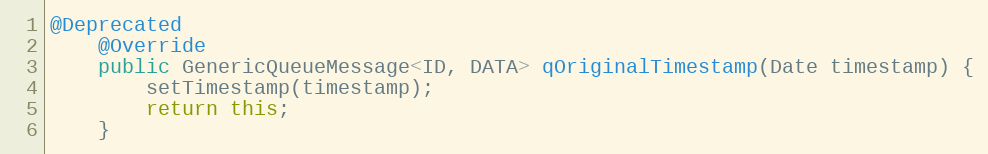
Language: Java
@Deprecated
    @Override
    public GenericQueueMessage<ID, DATA> qOriginalTimestamp(Date timestamp) {
        setTimestamp(timestamp);
        return this;
    }